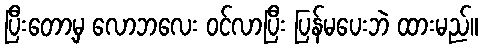
ပြီးတော့မှ လောဘလေး ဝင်လာပြီး ပြန်မပေးဘဲ ထားမည်။